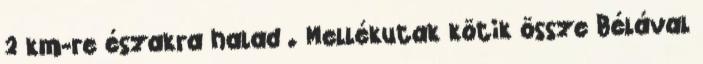
2 km-re északra halad . Mellékutak kötik össze Bélával